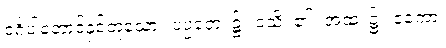
ဝင်္ဂပါတောင်နှင့်တူသော။ ပပ္ပတေ၊ ၌။ ဝသိ၊ ၏။ အထ၊ ၌။ ဧကော၊